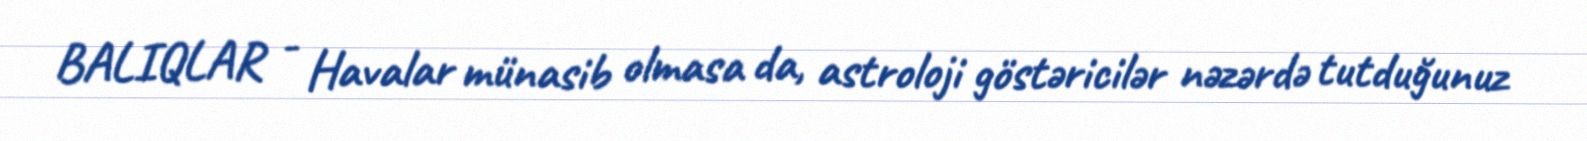
BALIQLAR - Havalar münasib olmasa da, astroloji göstəricilər nəzərdə tutduğunuz